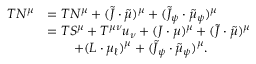
\begin{array} { r l } { T N ^ { \mu } } & { = T N ^ { \mu } + ( \tilde { J } \cdot \tilde { \mu } ) ^ { \mu } + ( \tilde { J } _ { \psi } \cdot \tilde { \mu } _ { \psi } ) ^ { \mu } } \\ & { = T S ^ { \mu } + T ^ { \mu \nu } u _ { \nu } + ( J \cdot \mu ) ^ { \mu } + ( \tilde { J } \cdot \tilde { \mu } ) ^ { \mu } } \\ & { \qquad + ( L \cdot \mu _ { \ell } ) ^ { \mu } + ( \tilde { J } _ { \psi } \cdot \tilde { \mu } _ { \psi } ) ^ { \mu } . } \end{array}